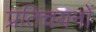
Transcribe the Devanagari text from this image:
प्रतिचयनों